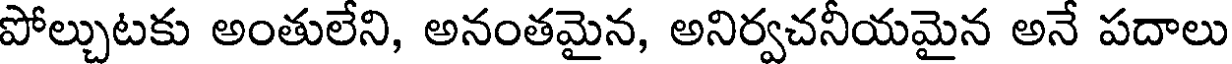
పోల్చుటకు అంతులేని, అనంతమైన, అనిర్వచనీయమైన అనే పదాలు